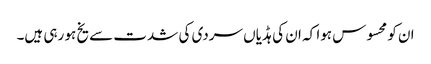
ان کو محسوس ہوا کہ ان کی ہڈیاں سردی کی شدت سے یخ ہو رہی ہیں۔